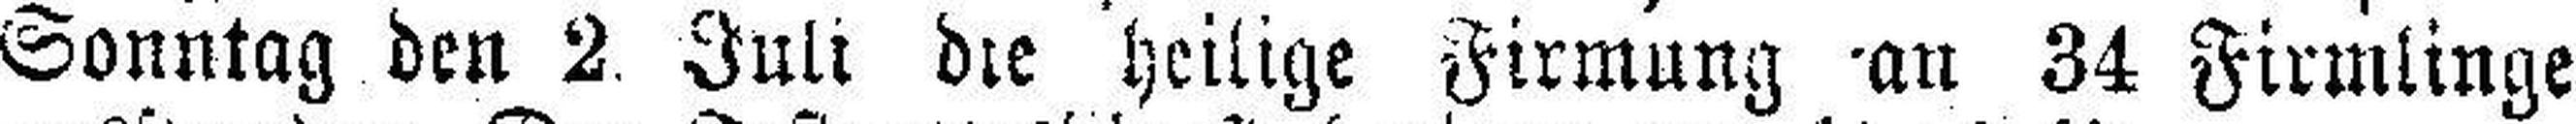
Sonntag den 2. Juli die heilige Firmung an 34 Firmlinge